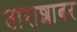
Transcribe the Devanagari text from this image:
ताराशाबर